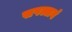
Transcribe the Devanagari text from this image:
सपल्लवं